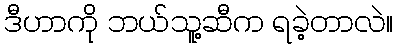
ဒီဟာကို ဘယ်သူ့ဆီက ရခဲ့တာလဲ။